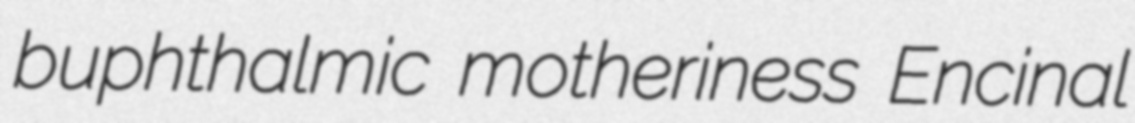
buphthalmic motheriness Encinal